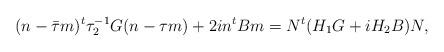
LaTeX: \begin{align*}(n-\bar\tau m)^t \tau_2^{-1} G(n-\tau m)+2in^t Bm=N^t(H_1 G+iH_2 B)N,\end{align*}